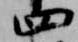
四